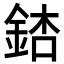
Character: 𨧃